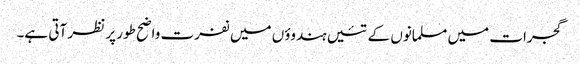
گجرات میں مسلمانوں کے تئیں ہندوؤں میں نفرت واضح طور پر نظر آتی ہے۔